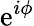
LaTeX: \mathrm{e}^{i\phi}